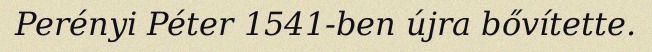
Perényi Péter 1541-ben újra bővítette.